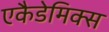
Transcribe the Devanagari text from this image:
एकैडेमिक्स